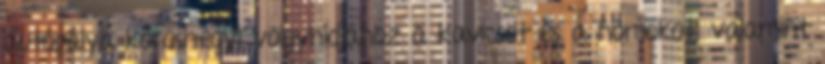
autópálya kőröshegyi völgyhídjához a kavicsot és a homokot, valamint